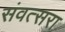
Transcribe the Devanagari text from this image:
संवत्सरा